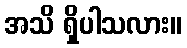
အသိ ရှိပါသလား။